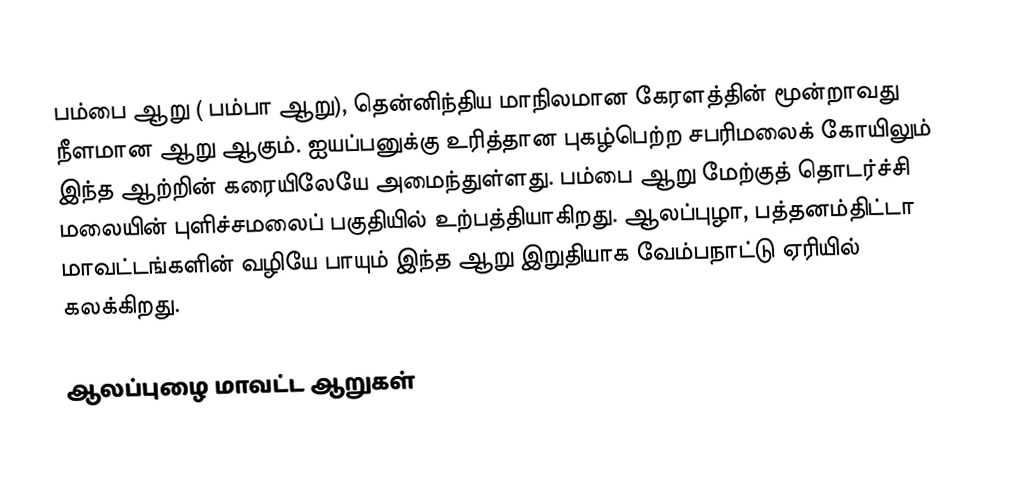
பம்பை ஆறு ( பம்பா ஆறு), தென்னிந்திய மாநிலமான கேரளத்தின் மூன்றாவது நீளமான ஆறு ஆகும். ஐயப்பனுக்கு உரித்தான புகழ்பெற்ற சபரிமலைக் கோயிலும் இந்த ஆற்றின் கரையிலேயே அமைந்துள்ளது. பம்பை ஆறு மேற்குத் தொடர்ச்சி மலையின் புளிச்சமலைப் பகுதியில் உற்பத்தியாகிறது. ஆலப்புழா, பத்தனம்திட்டா மாவட்டங்களின் வழியே பாயும் இந்த ஆறு இறுதியாக வேம்பநாட்டு ஏரியில் கலக்கிறது.

ஆலப்புழை மாவட்ட ஆறுகள்